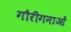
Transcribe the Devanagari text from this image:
गौरीगनाओं